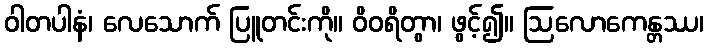
ဝါတပါနံ၊ လေသောက် ပြူတင်းကို။ ဝိဝရိတွာ၊ ဖွင့်၍။ ဩလောကေန္တဿ၊